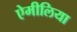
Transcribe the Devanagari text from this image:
ऐमीलिया